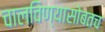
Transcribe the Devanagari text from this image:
चालविण्यासोबतच